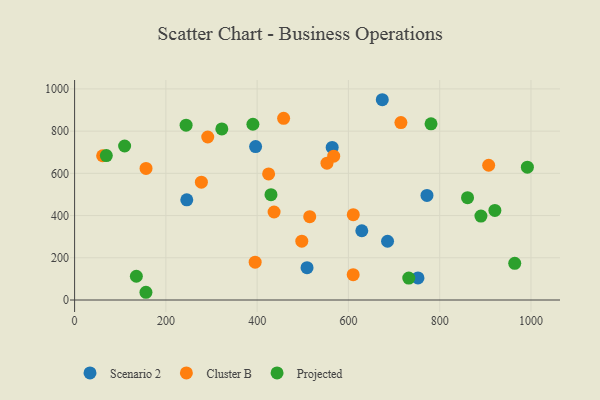
{"axis": {"x": "Price", "y": "Exam Score"}, "legend": ["Cluster B", "Projected", "Scenario 2"], "data": [{"x": "752.4", "y": 104.4, "type": "Scenario 2"}, {"x": "396.6", "y": 726.7, "type": "Scenario 2"}, {"x": "674.2", "y": 948.8, "type": "Scenario 2"}, {"x": "629.3", "y": 328.1, "type": "Scenario 2"}, {"x": "685.7", "y": 278.3, "type": "Scenario 2"}, {"x": "509.3", "y": 153.1, "type": "Scenario 2"}, {"x": "245.8", "y": 474.8, "type": "Scenario 2"}, {"x": "772.1", "y": 495.5, "type": "Scenario 2"}, {"x": "564.4", "y": 722.7, "type": "Scenario 2"}, {"x": "610.6", "y": 404.3, "type": "Cluster B"}, {"x": "61.4", "y": 683.3, "type": "Cluster B"}, {"x": "437.1", "y": 416.9, "type": "Cluster B"}, {"x": "458.0", "y": 860.5, "type": "Cluster B"}, {"x": "567.7", "y": 681.5, "type": "Cluster B"}, {"x": "395.6", "y": 179.0, "type": "Cluster B"}, {"x": "497.8", "y": 278.8, "type": "Cluster B"}, {"x": "553.0", "y": 648.4, "type": "Cluster B"}, {"x": "156.5", "y": 623.4, "type": "Cluster B"}, {"x": "610.4", "y": 119.8, "type": "Cluster B"}, {"x": "715.0", "y": 840.6, "type": "Cluster B"}, {"x": "425.1", "y": 597.4, "type": "Cluster B"}, {"x": "515.2", "y": 394.8, "type": "Cluster B"}, {"x": "907.3", "y": 638.3, "type": "Cluster B"}, {"x": "277.8", "y": 558.0, "type": "Cluster B"}, {"x": "291.7", "y": 772.1, "type": "Cluster B"}, {"x": "861.0", "y": 484.7, "type": "Projected"}, {"x": "890.3", "y": 397.5, "type": "Projected"}, {"x": "156.3", "y": 36.6, "type": "Projected"}, {"x": "390.7", "y": 832.6, "type": "Projected"}, {"x": "244.3", "y": 828.1, "type": "Projected"}, {"x": "135.3", "y": 112.6, "type": "Projected"}, {"x": "732.2", "y": 103.7, "type": "Projected"}, {"x": "430.3", "y": 499.0, "type": "Projected"}, {"x": "69.5", "y": 684.0, "type": "Projected"}, {"x": "920.9", "y": 424.2, "type": "Projected"}, {"x": "992.1", "y": 629.2, "type": "Projected"}, {"x": "964.4", "y": 173.8, "type": "Projected"}, {"x": "781.0", "y": 834.6, "type": "Projected"}, {"x": "109.6", "y": 729.5, "type": "Projected"}, {"x": "322.6", "y": 810.7, "type": "Projected"}]}